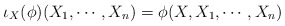
\begin{align*} \iota_X(\phi)(X_1,\cdots,X_n)= \phi(X,X_1,\cdots,X_n)\end{align*}